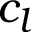
c _ { l }